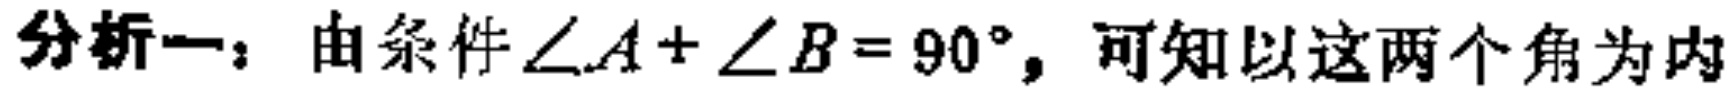
分析一：由条件\(\angle A + \angle B = 90^{\circ}\)，可知以这两个角为内